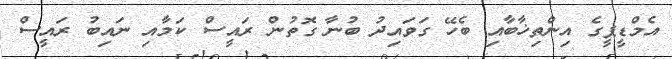
އެމްޑީޕީގެ އިންތިޚާބާއި ބެހޭ ގަވައިދު ބުނާ ގޮތުން ރައީސް ކަމާއި ނައިބު ރައީސް